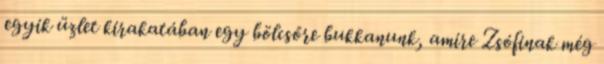
egyik üzlet kirakatában egy bölcsőre bukkanunk, amire Zsófinak még